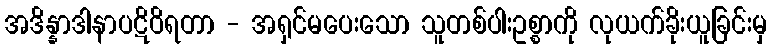
အဒိန္နာဒါနာပဋိဝိရတာ - အရှင်မပေးသော သူတစ်ပါးဥစ္စာကို လုယက်ခိုးယူခြင်းမှ